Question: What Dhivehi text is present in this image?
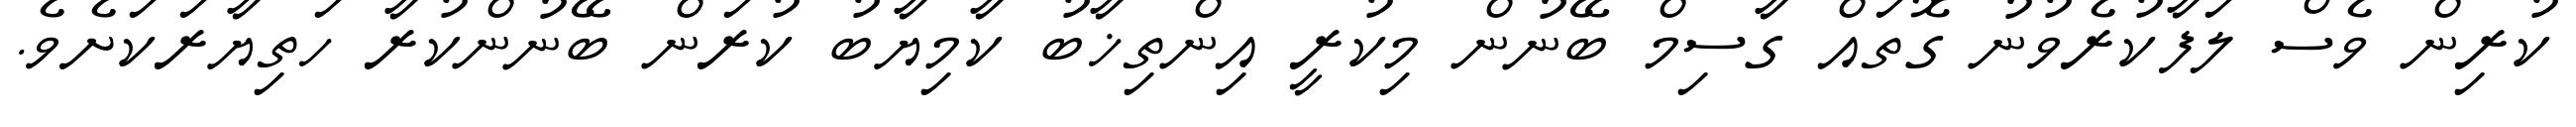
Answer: ކުރިން ވެސް ލަފާކުރެވުނު ގޮތައް ގާސިމް ބޭނުން މިކުރީ އިންތިޚާބު ކާމިޔާބު ކުރަން ބޭނުންކުރާ ހަތިޔާރަކަށެވެ.